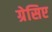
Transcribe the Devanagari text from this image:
ग्रेसिए